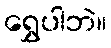
ရွှေပါဘဲ။